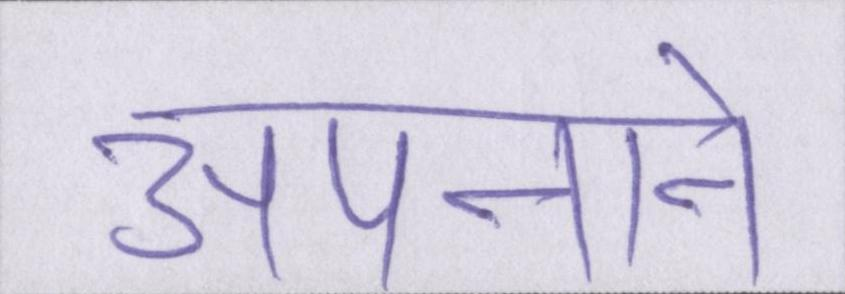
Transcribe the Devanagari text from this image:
अपनाने